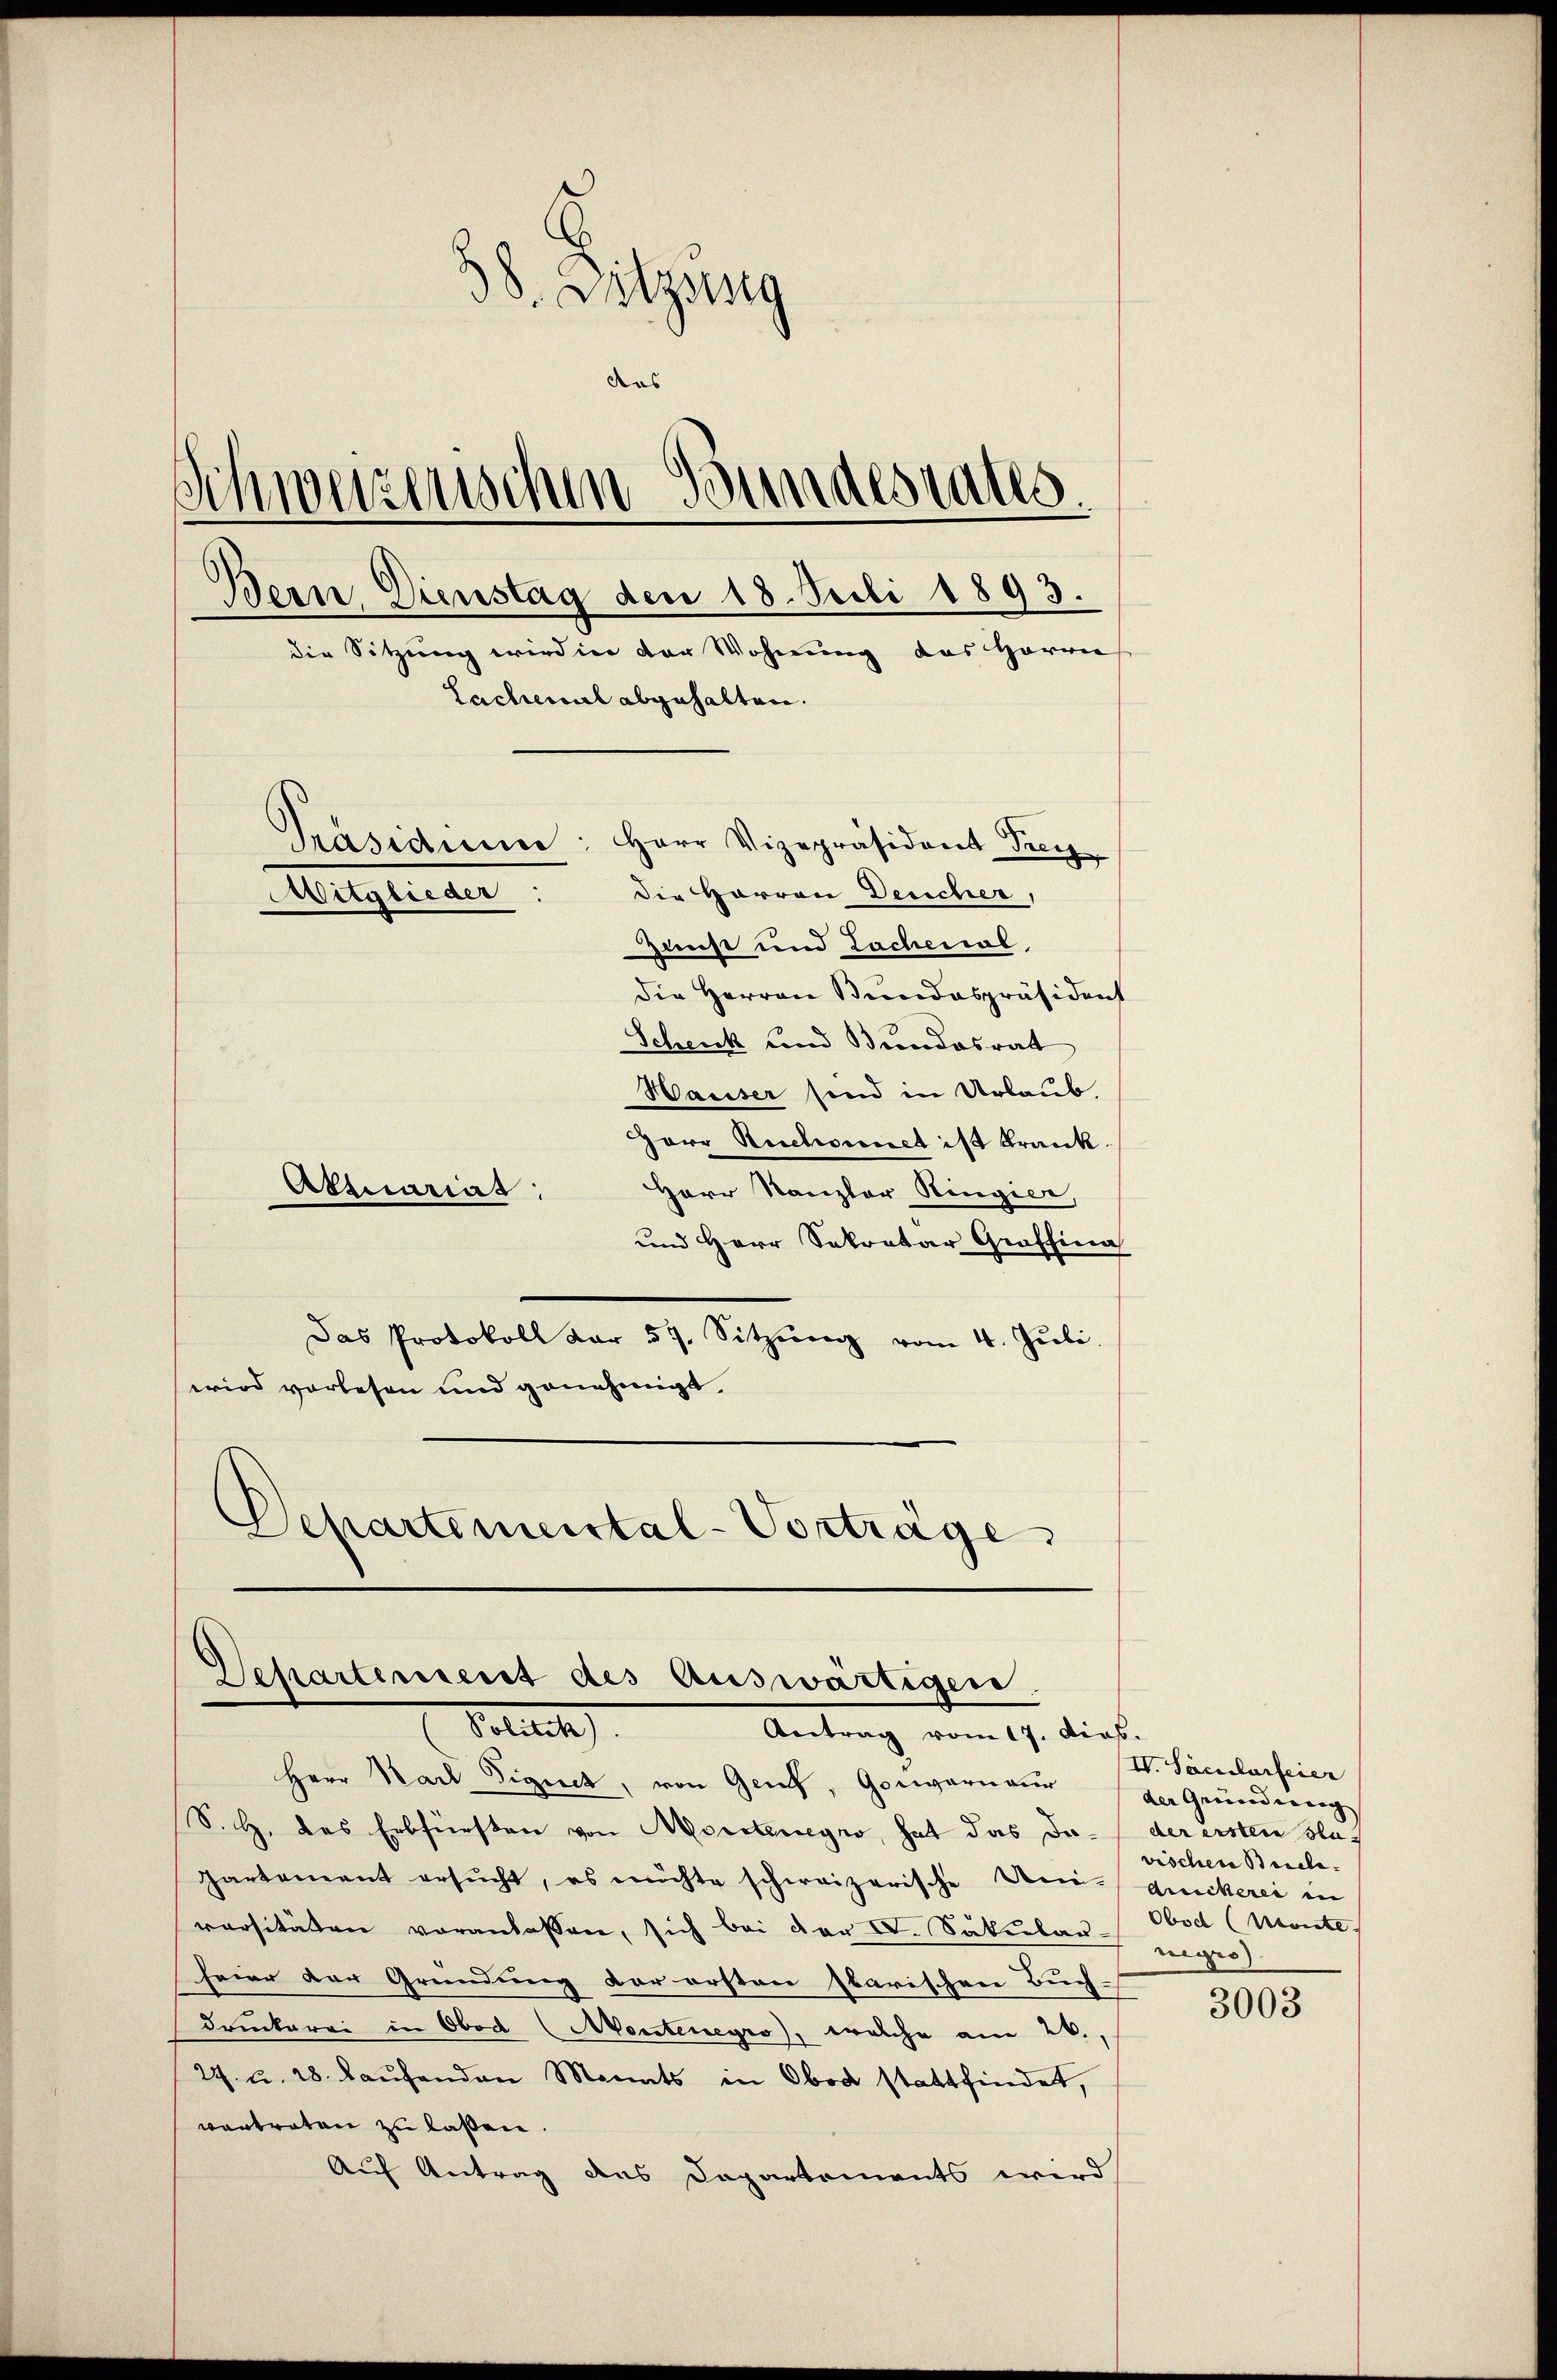
d. Sitzung
das
Schweizerischen Grundesrates.
Bern, Dienstag den 18. Juli 1893.
die Sitzung wird in der Wohnung das Harrie
Sachemal abgehalten.
Präsidium: Herr Vizepräsident Frey
Die Herren Deucher,
Mitglieder:
Zunst und Lachenal,

die Herren Bundespräsident
Schenk und Bundesrat
Wauser sind in Urlaub
Herr Ruchornet ist krank.
Attuarias:
Herr Kanzler Ringier,
und Herr Sekretar Graffina
Das Protokoll dar 57. Sitzŭng vom 4. Jŭli
wird vorlesen und genehmigt.
Departemental-Vorträge

Departement des auswärtigen.
Tottes
Antrag vom 17. dies

Herr Karl Sigiect, von Genf, Gouvernau (der Gründung
S. G. das Erbfürsten von Morstenegno, hat das Ja- / der erstere sag
Gartement ersucht, es möchte schweizerische Deniduickerei in
versitäten voranlassen, sich bei der I. Säkular-Obod (Monte.
heier der Gründung der ersten Ibarischen Buch-
druckerei in Obod (Montenegro, welche am 26.,
27. u. 28. Laufenden Monats in Obod stattfindet,
vortraten zu laßen.
Auf Antrag des Dapartements wird

IV. Säcularfeier
vischen Biele.
nigro

3003